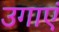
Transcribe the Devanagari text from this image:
उगाएं